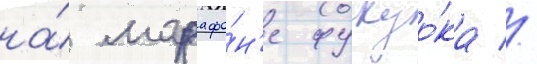
на́ марафо́н'е фукуо́ка //